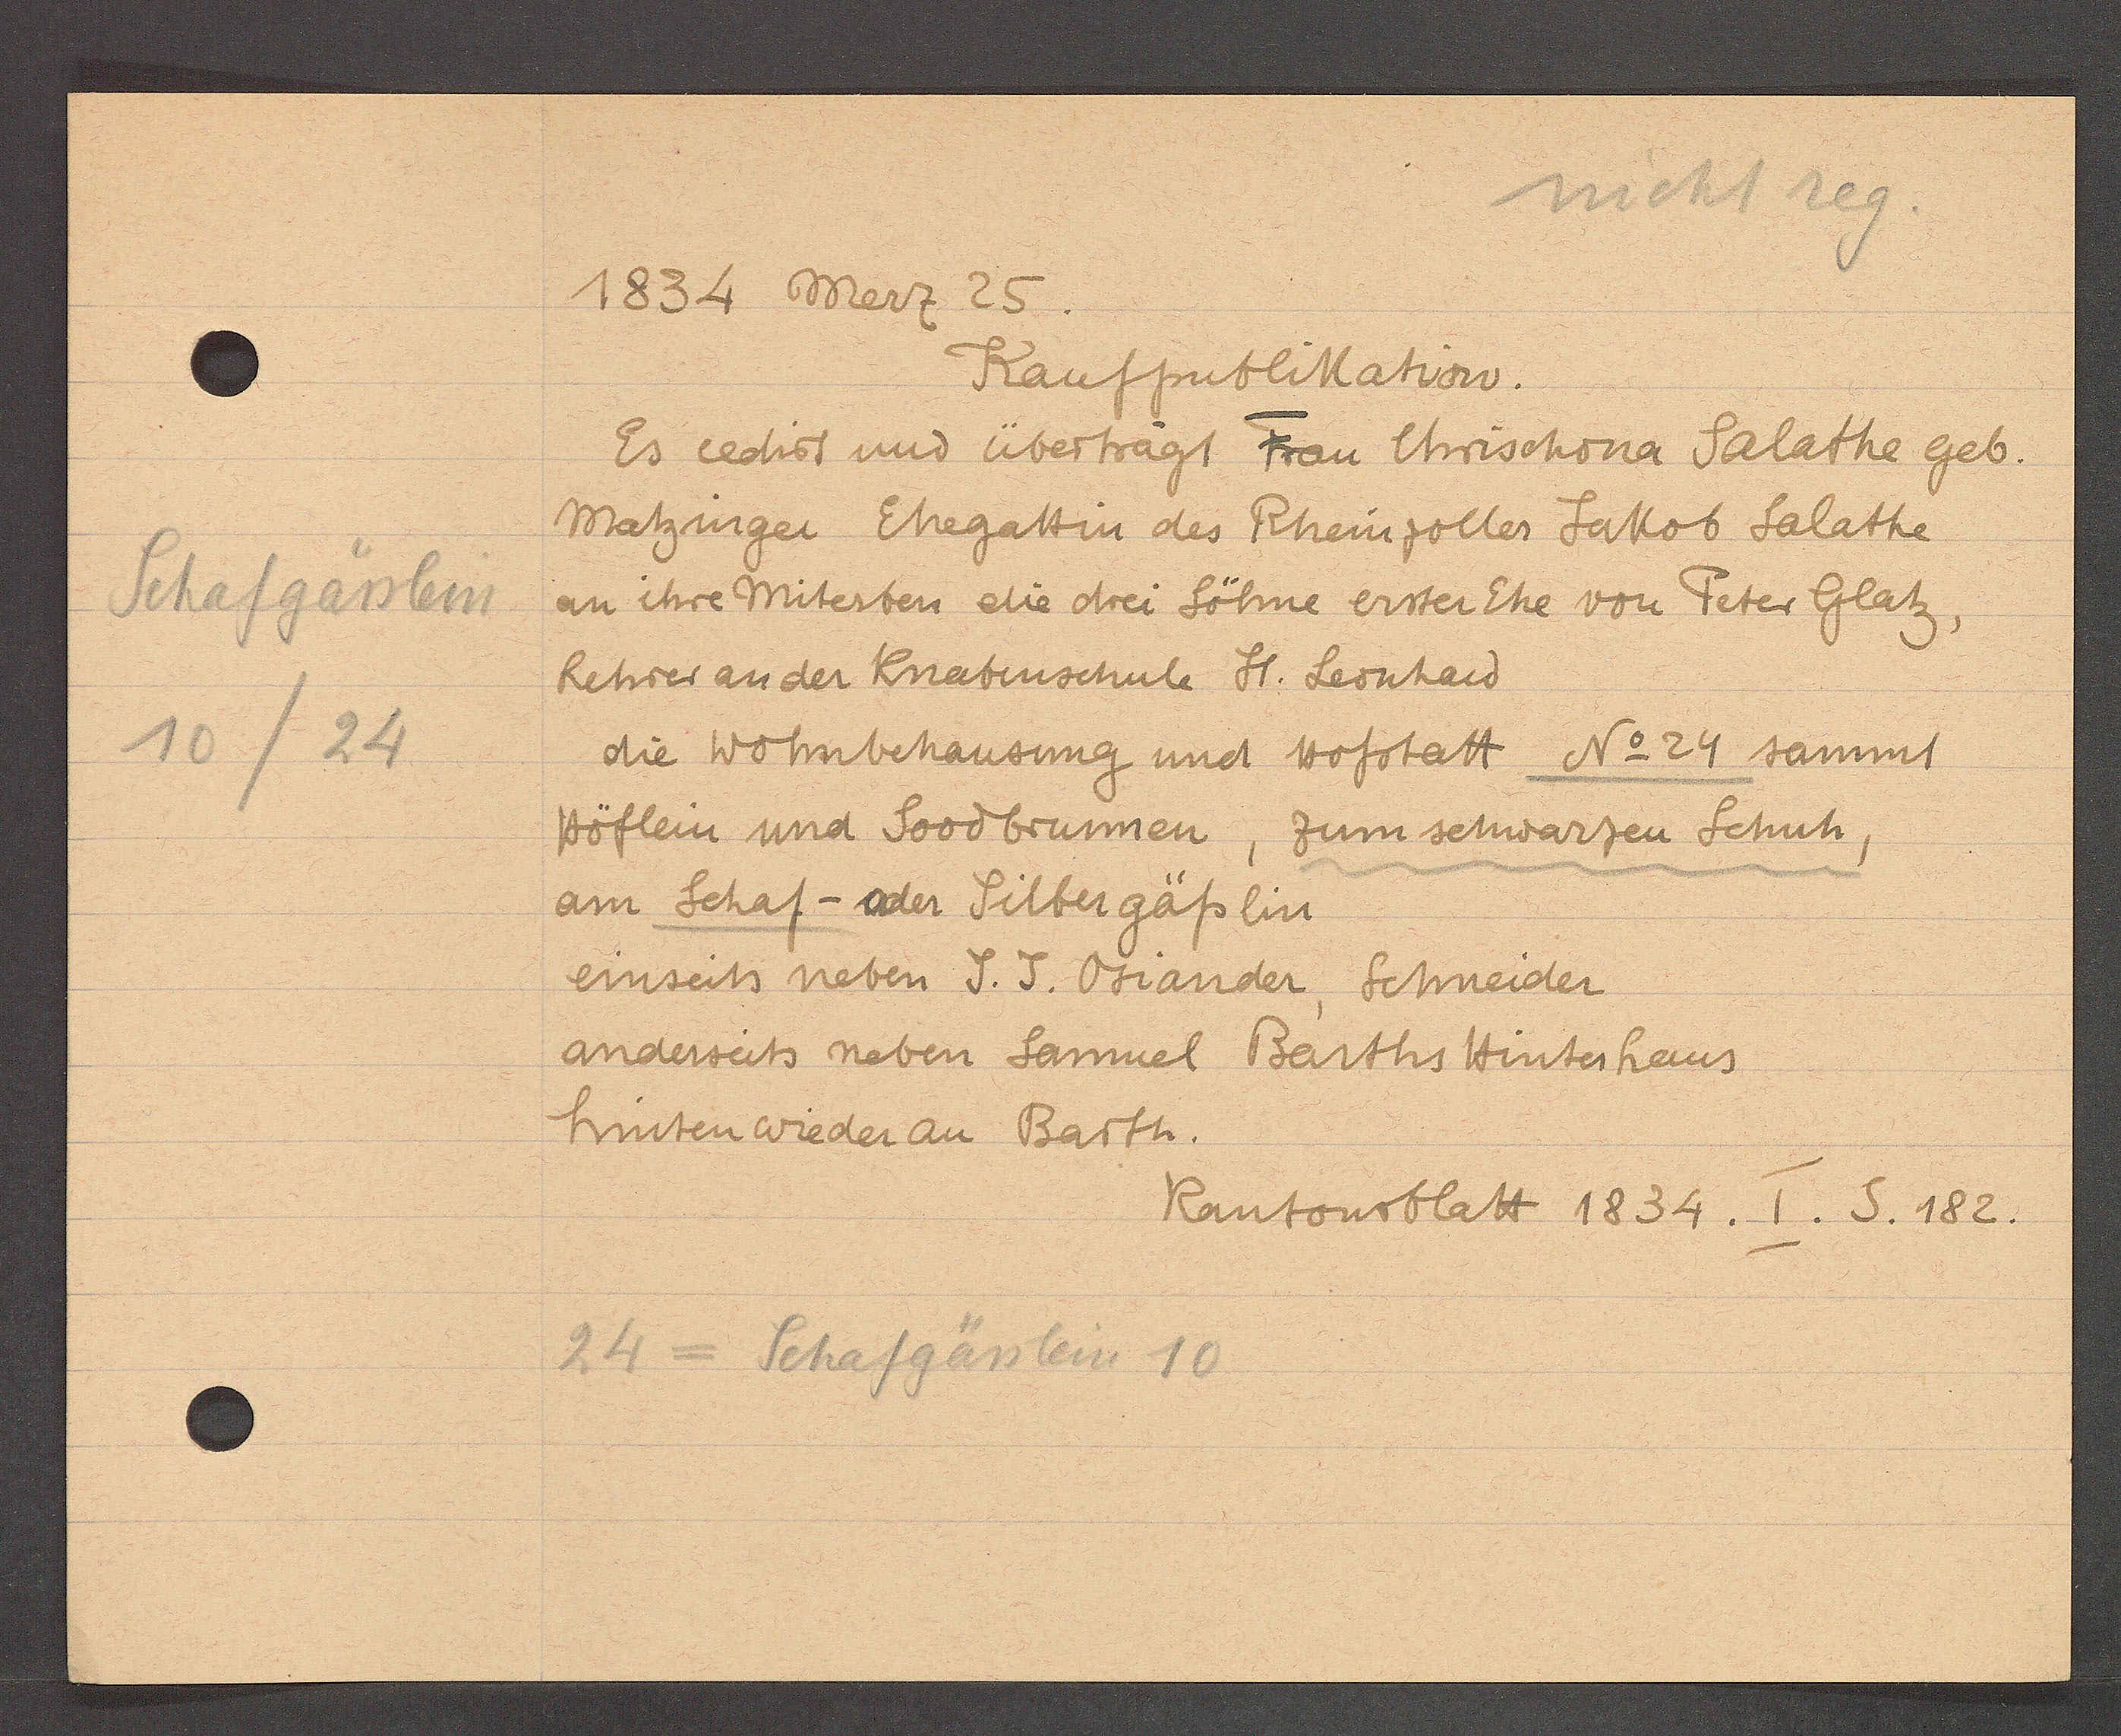
Transcript:
Schafgässlein
10/24

1834 Merz 25.

Kaufpublikation.
Es cedirt und übertragt Frau Chrischona Salathe geb.
Matzinger Ehegattin des Rheinzoller Jakob Salathe
an ihre Miterben die drei Söhne erster Ehe von Peter Glatz
Rehrer an der Knabenschule St. Leonhard
die Wohnbehausung und hofstatt No 24 sammt
Höflein und Soodbrunnen, zum schwarzen Schuh,
am Schaf - der Sittergässlin
einseits neben J. J. Oriander, Schneider
anderseits neben Samuel Barths Hinterhaus
hinten wieder an Barth.

24 = Schafgässlein 10

Kantonsblatt 1834. I. S. 182.